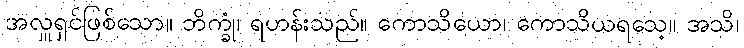
အလှူရှင်ဖြစ်သော။ ဘိက္ခုံ၊ ရဟန်းသည်။ ကောသိယော၊ ကောသိယရသေ့။ အသိ၊